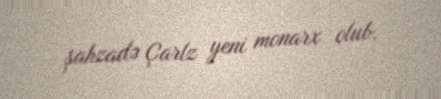
şahzadə Çarlz yeni monarx olub.